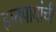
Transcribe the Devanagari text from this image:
हातपायांची